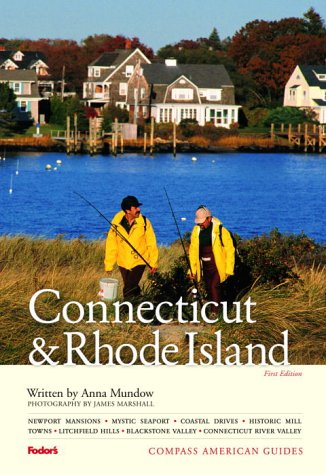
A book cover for Compass American Guides: Connecticut and Rhode Island, 1st Edition; Fodor's; Travel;